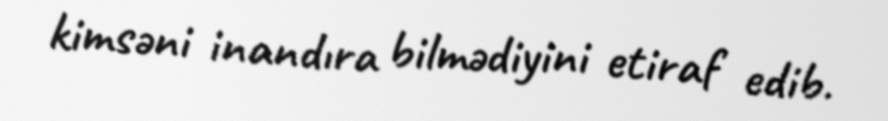
kimsəni inandıra bilmədiyini etiraf edib.